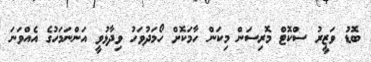
ބޮޑު ވަޒީރު ސްކޮޓް މޮރިސަން މިކަން ހާމަކޮށް ހޯމަދުވަހު ވިދާޅުވީ އަންނަމަހުގެ އެއްވަނަ